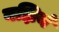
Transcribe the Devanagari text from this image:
यज्ञियं